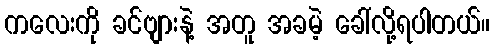
ကလေးကို ခင်ဗျားနဲ့ အတူ အခမဲ့ ခေါ်လို့ရပါတယ်။